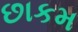
છાકમ